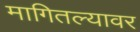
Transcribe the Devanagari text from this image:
मागितल्यावर